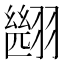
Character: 𮋑